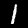
Digit: 1